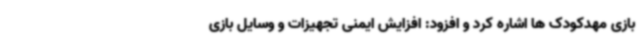
بازی مهدکودک ها اشاره کرد و افزود: افزایش ایمنی تجهیزات و وسایل بازی